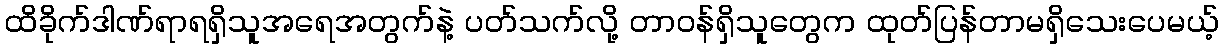
ထိခိုက်ဒါဏ်ရာရရှိသူအရေအတွက်နဲ့ ပတ်သက်လို့ တာဝန်ရှိသူတွေက ထုတ်ပြန်တာမရှိသေးပေမယ့်